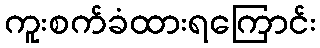
ကူးစက်ခံထားရကြောင်း